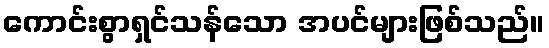
ကောင်းစွာရှင်သန်သော အပင်များဖြစ်သည်။